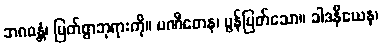
ဘဂဝန္တံ၊ မြတ်စွာဘုရားကို။ ပဏီတေန၊ မွန်မြတ်သော။ ခါဒနီယေန၊